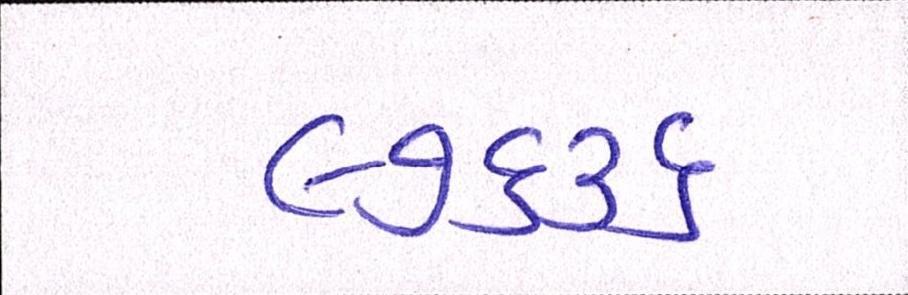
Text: ૯૭૬૩૬